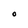
Character: O